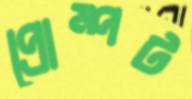
প্রোম্পট